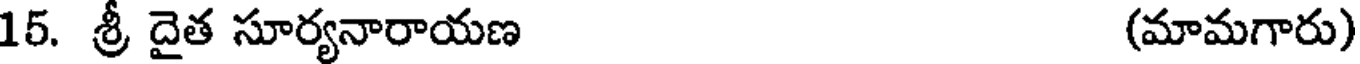
15. శ్రీ దైత సూర్యనారాయణ (మామగారు)